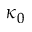
\kappa _ { 0 }